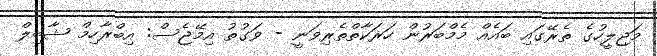
މަޖިލީހުގެ ތެރޭގައި ބައެއް މެމްބަރުން ހަރަކާތްތެރިވަނީ - ވަގުތު އިމޭޖެސް: އިބްރާހިމް ޝާބިލް